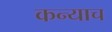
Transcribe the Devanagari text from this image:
कन्याच